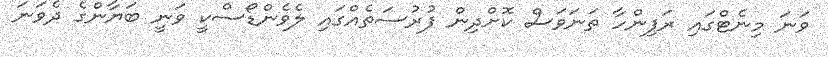
ވަނަ މިނެޓްގައި ރަފިންހާ ތަނަވަސް ކޮށްދިން ފުރުސަތެއްގައި ލެވެންޑޯސްކީ ވަނީ ބަޔާންގެ ދެވަނަ